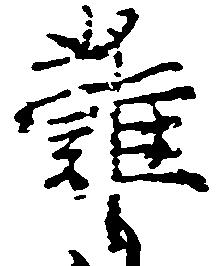
難